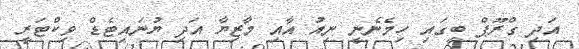
އަދި ގްރޫޕް ބީގައި ހިމެނެނީ ނިއު އާއި މާޒިޔާ އަދި ޔުނައިޓެޑް ވިކްޓަރީ